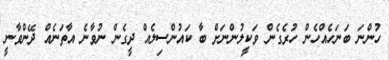
ހުންނަ ބަނަހެއްހެން ހުރެގެން ވަކީލުންނަށް ބާ ކައުންސިލެއް ދީގެން ނުވާނެ އާތަނެއް ދޭންވާނީ